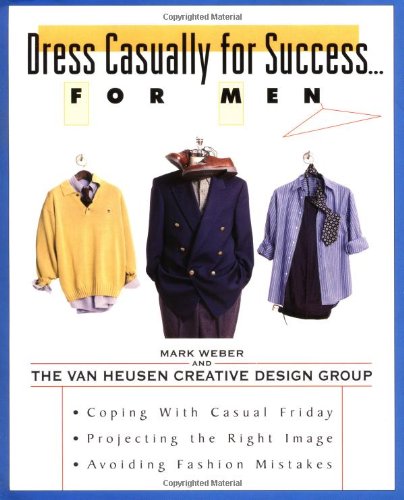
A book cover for Dress Casually for Success. . .For Men; Mark Weber; Business & Money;